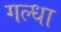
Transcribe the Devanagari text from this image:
गल्धा